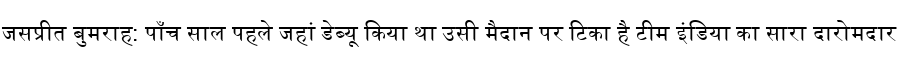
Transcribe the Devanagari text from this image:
जसप्रीत बुमराह: पाँच साल पहले जहां डेब्यू किया था उसी मैदान पर टिका है टीम इंडिया का सारा दारोमदार